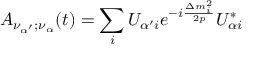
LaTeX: { \cal { A } } _ { \nu _ { \alpha ^ { \prime } } ; \nu _ { \alpha } } ( t ) = \sum _ { i } U _ { { \alpha ^ { \prime } } i } e ^ { - i \frac { \Delta m _ { i } ^ { 2 } } { 2 p } } U _ { { \alpha } i } ^ { * }